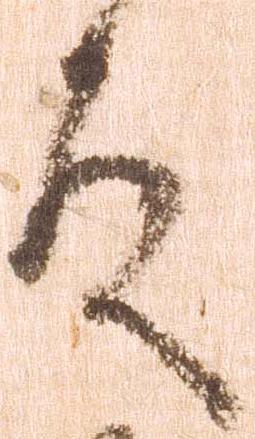
殿